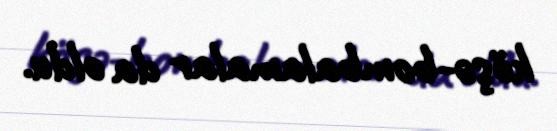
köşə-bombalamalar da oldu.